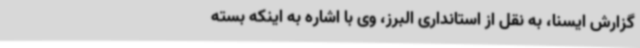
گزارش ایسنا، به نقل از استانداری البرز، وی با اشاره به اینکه بسته